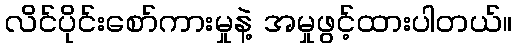
လိင်ပိုင်းစော်ကားမှုနဲ့ အမှုဖွင့်ထားပါတယ်။